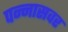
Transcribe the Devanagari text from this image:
पन्नासवर